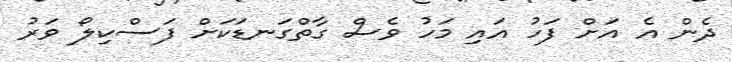
ދެން އެ އަށް ފަހު އައި މަހު ވެސް ގާތްގަނޑަކަށް ފަސްކިލޯ ވަރު